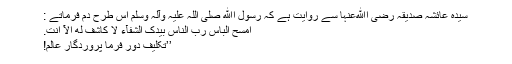
سیدہ عائشہ صدیقہ رضی اﷲعنہا سے روایت ہے کہ رسول اﷲ صلی اللہ علیہ وآلہ وسلم اس طرح دم فرماتے :
اَمْسَحِ الْبَاسَ رَبَّ النَّاسِ بِيَدِکَ الشِّفَآءُ لَا کَاشِفَ لَه اِلَّآ اَنْتَ.
’’تکلیف دُور فرما پروردگار عالم!